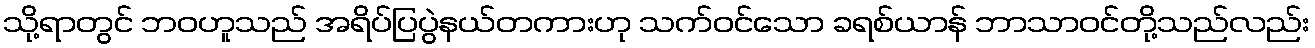
သို့ရာတွင် ဘဝဟူသည် အရိပ်ပြပွဲနယ်တကားဟု သက်ဝင်သော ခရစ်ယာန် ဘာသာဝင်တို့သည်လည်း